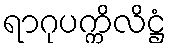
ရာဂုပက္ကိလိဋ္ဌံ